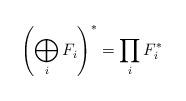
LaTeX: \begin{align*}\left(\bigoplus_iF_i\right)^*=\prod_iF_i^*\end{align*}